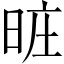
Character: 𣆮